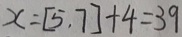
x = [ 5 , 7 ] + 4 = 3 9